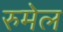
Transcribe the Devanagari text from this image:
रुमेल